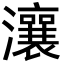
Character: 瀼